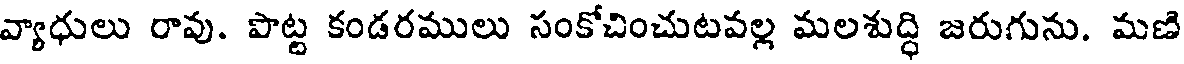
వ్యాధులు రావు. పొట్ట కండరములు సంకోచించుటవల్ల మలశుద్ధి జరుగును. మణి